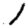
Digit: 1